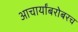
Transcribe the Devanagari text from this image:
आचार्यांबरोबरच